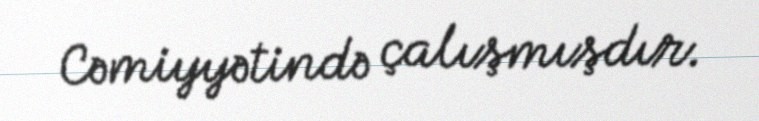
Cəmiyyətində çalışmışdır.